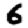
Digit: 6